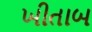
ખીતાબ